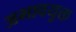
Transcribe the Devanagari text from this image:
अभावयुक्त